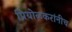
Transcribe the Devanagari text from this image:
प्रियोळकरांनीच